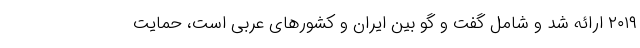
۲۰۱۹ ارائه شد و شامل گفت و گو بین ایران و کشورهای عربی است، حمایت